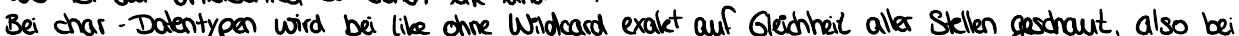
Bei char-Datentypen wird bei like ohne Wildcard exakt auf Gleichheit aller Stellen geschaut, also bei